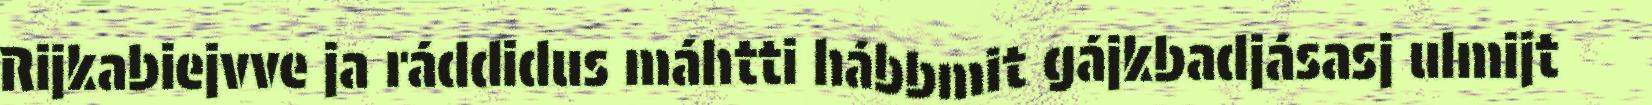
Rijkabiejvve ja ráddidus máhtti hábbmit gájkbadjásasj ulmijt